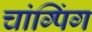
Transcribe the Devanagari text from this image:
चांग्पिंग